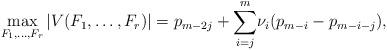
LaTeX: \begin{align*}\max_{F_1, \dots , F_r} |V(F_1, \dots , F_r) | = \displaystyle{ p_{m-2j} + \sum_{i=j}^m} \nu_i (p_{m-i} - p_{m-i-j}),\end{align*}